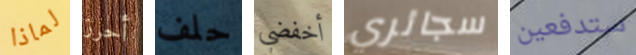
لماذا أحرز حلف أخفضي سجائري ستدفعين